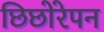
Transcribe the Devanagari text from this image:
छिछोरेपन